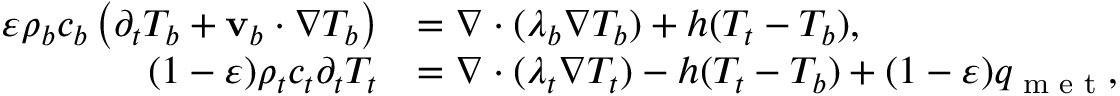
\begin{array} { r l } { \varepsilon \rho _ { b } c _ { b } \left( \partial _ { t } T _ { b } + \mathbf v _ { b } \cdot \nabla T _ { b } \right) } & { = \nabla \cdot ( \lambda _ { b } \nabla T _ { b } ) + h ( T _ { t } - T _ { b } ) , } \\ { ( 1 - \varepsilon ) \rho _ { t } c _ { t } \partial _ { t } T _ { t } } & { = \nabla \cdot ( \lambda _ { t } \nabla T _ { t } ) - h ( T _ { t } - T _ { b } ) + ( 1 - \varepsilon ) q _ { \textrm { m e t } } , } \end{array}